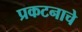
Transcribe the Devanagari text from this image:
प्रकटनाचे